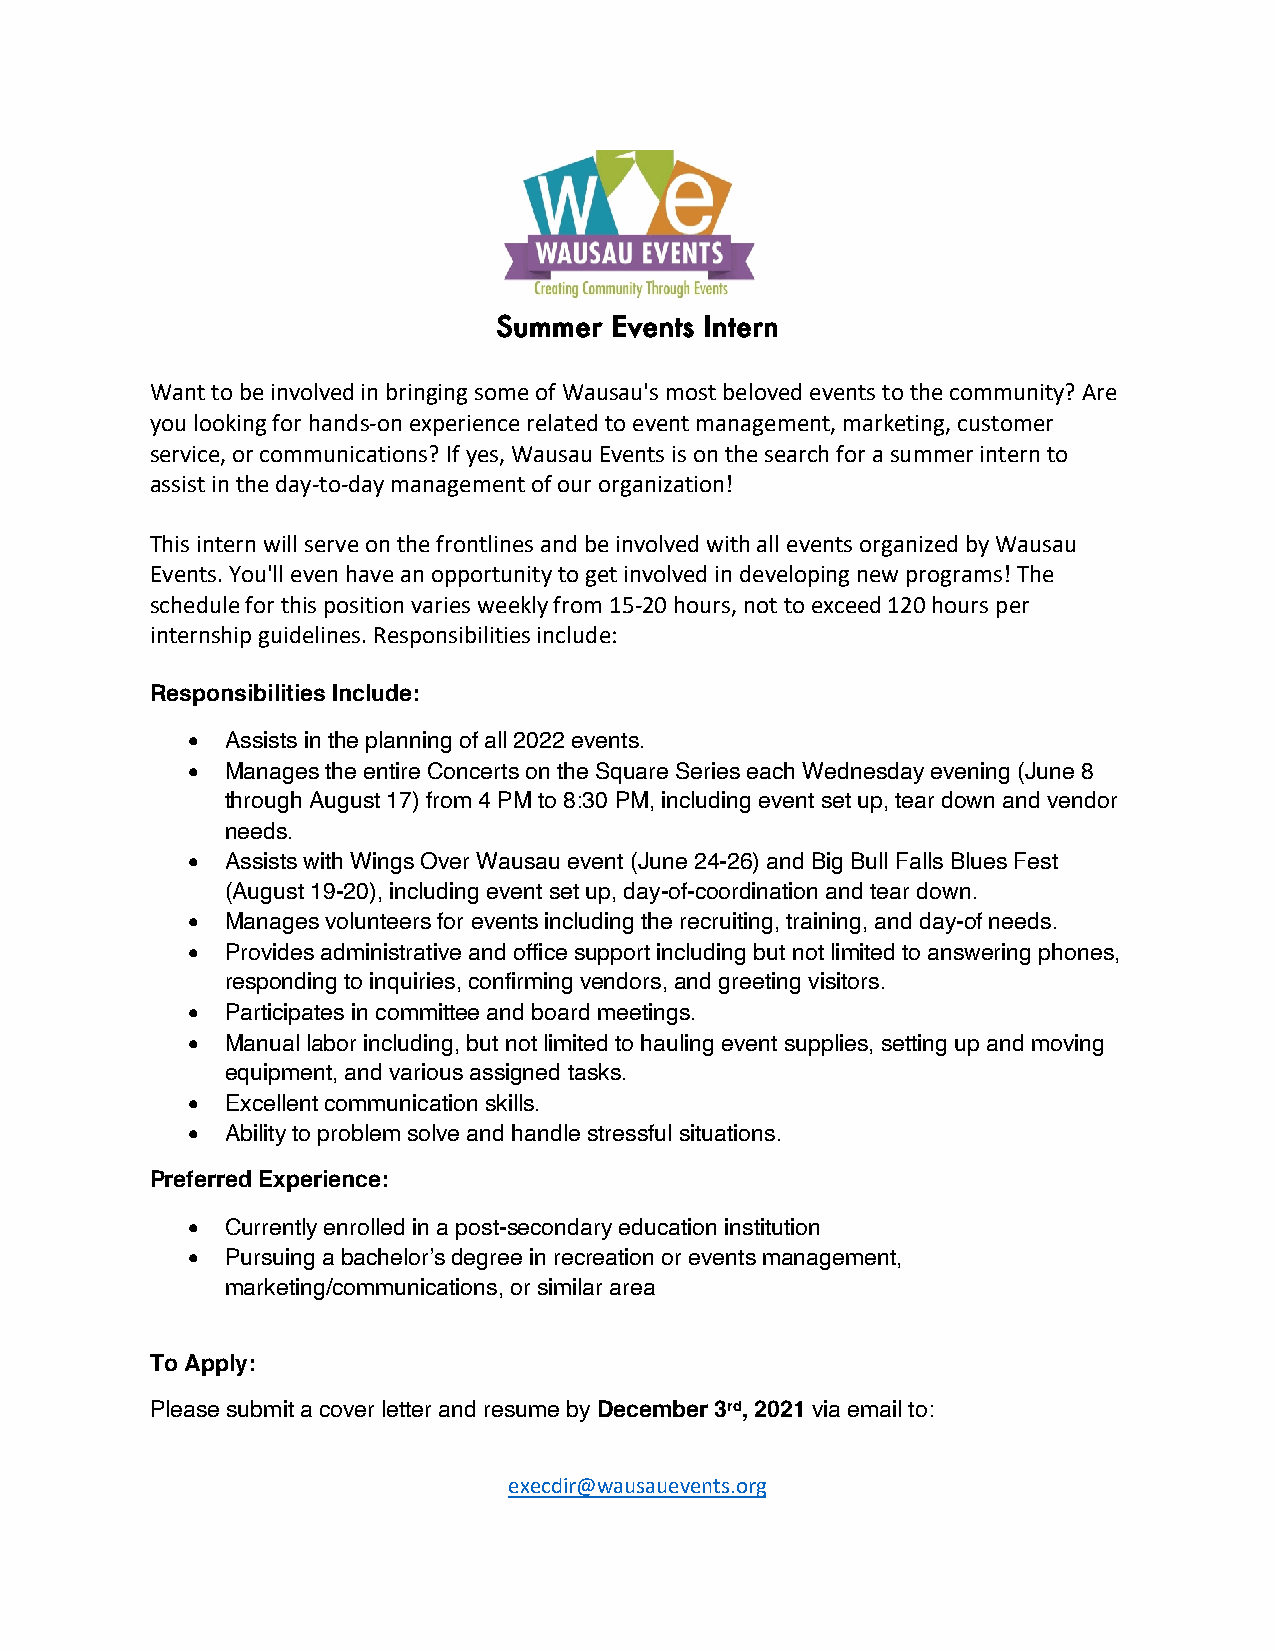
Summer Events Intern
 Want to be involved in bringing some of Wausau's most beloved events to the community? Are
 you looking for hands-on experience related to event management, marketing, customer
 service, or communications? If yes, Wausau Events is on the search for a summer intern to
 assist in the day-to-day management of our organization!
 This intern will serve on the frontlines and be involved with all events organized by Wausau
 Events. You'll even have an opportunity to get involved in developing new programs! The
 schedule for this position varies weekly from 15-20 hours, not to exceed 120 hours per
 internship guidelines. Responsibilities include:
 Responsibilities Include:
 •  Assists in the planning of all 2022 events.
 •  Manages the entire Concerts on the Square Series each Wednesday evening (June 8
 through August 17) from 4 PM to 8:30 PM, including event set up, tear down and vendor
 needs.
 •  Assists with Wings Over Wausau event (June 24-26) and Big Bull Falls Blues Fest
 (August 19-20), including event set up, day-of-coordination and tear down.
 •  Manages volunteers for events including the recruiting, training, and day-of needs.
 •  Provides administrative and office support including but not limited to answering phones,
 responding to inquiries, confirming vendors, and greeting visitors.
 •  Participates in committee and board meetings.
 •  Manual labor including, but not limited to hauling event supplies, setting up and moving
 equipment, and various assigned tasks.
 •  Excellent communication skills.
 •  Ability to problem solve and handle stressful situations.
 Preferred Experience:
 •  Currently enrolled in a post-secondary education institution
 •  Pursuing a bachelor’s degree in recreation or events management,
 marketing/communications, or similar area
 To Apply:
 Please submit a cover letter and resume by December 3rd, 2021 via email to:
 execdir@wausauevents.org